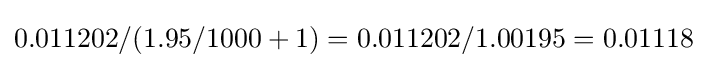
0.011202/(1.95/1000+1)=0.011202/1.00195=0.01118